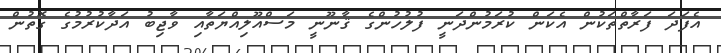
އެފަދަ ފަރާތްތަކުން އެކަން ކުރަމުންދަނީ ފުލުހުންގެ ޤާނޫނީ މަސްއޫލިއްޔަތާއި ވާޖިބު އަދާކުރުމުގެ ގޮތުން